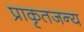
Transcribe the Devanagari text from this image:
प्राकृतजन्य